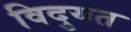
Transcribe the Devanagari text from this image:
विदुयत